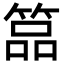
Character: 𥰔